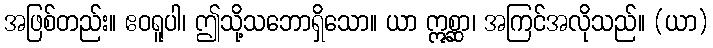
အဖြစ်တည်း။ ဧဝရူပါ၊ ဤသို့သဘောရှိသော။ ယာ ဣစ္ဆာ၊ အကြင်အလိုသည်။ (ယာ)